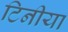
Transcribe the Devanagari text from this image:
टिनीया